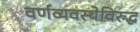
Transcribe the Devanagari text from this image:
वर्णव्यवस्थेविरुद्ध